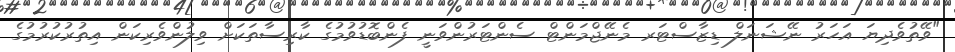
"ވޭތުވެދިޔަ އަހަރު ނޭޝަނަލް ޑިޒާސްޓަރ މެނޭޖްމަންޓް ސެންޓަރުންވަނީ ފެންބޮޑުވުމުގެ ކާރިސާތަކަށް ވިލުންވެރިކަން އިތުރުކުރުމުގެ